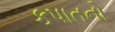
કપાતનો